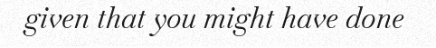
given that you might have done